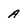
Character: A